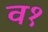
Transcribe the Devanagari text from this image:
व१